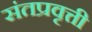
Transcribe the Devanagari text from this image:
संतप्रवृत्ती